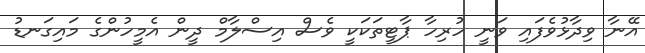
އޭނާ ވިދާޅުވެފައި ވަނީ ހުރިހާ ޕާޓީތަކަކީ ވެސް އިސްލާމް ދީން އެމީހުންގެ މައިގަނޑު